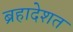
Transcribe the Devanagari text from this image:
ब्रहादेशत